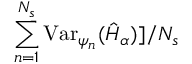
\sum _ { n = 1 } ^ { N _ { s } } \mathrm { V a r } _ { \psi _ { n } } ( \hat { H } _ { \alpha } ) ] / N _ { s }